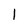
Character: 1